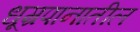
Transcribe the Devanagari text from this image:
धूम्रपानातील